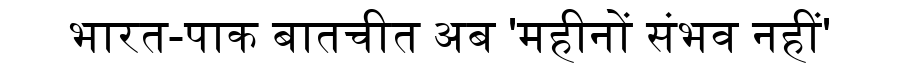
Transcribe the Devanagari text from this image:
भारत-पाक बातचीत अब 'महीनों संभव नहीं'